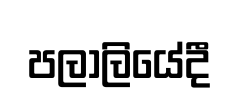
පලාලියේදී